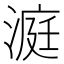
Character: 𪶹